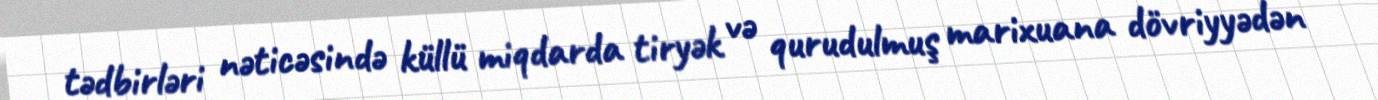
tədbirləri nəticəsində küllü miqdarda tiryək və qurudulmuş marixuana dövriyyədən